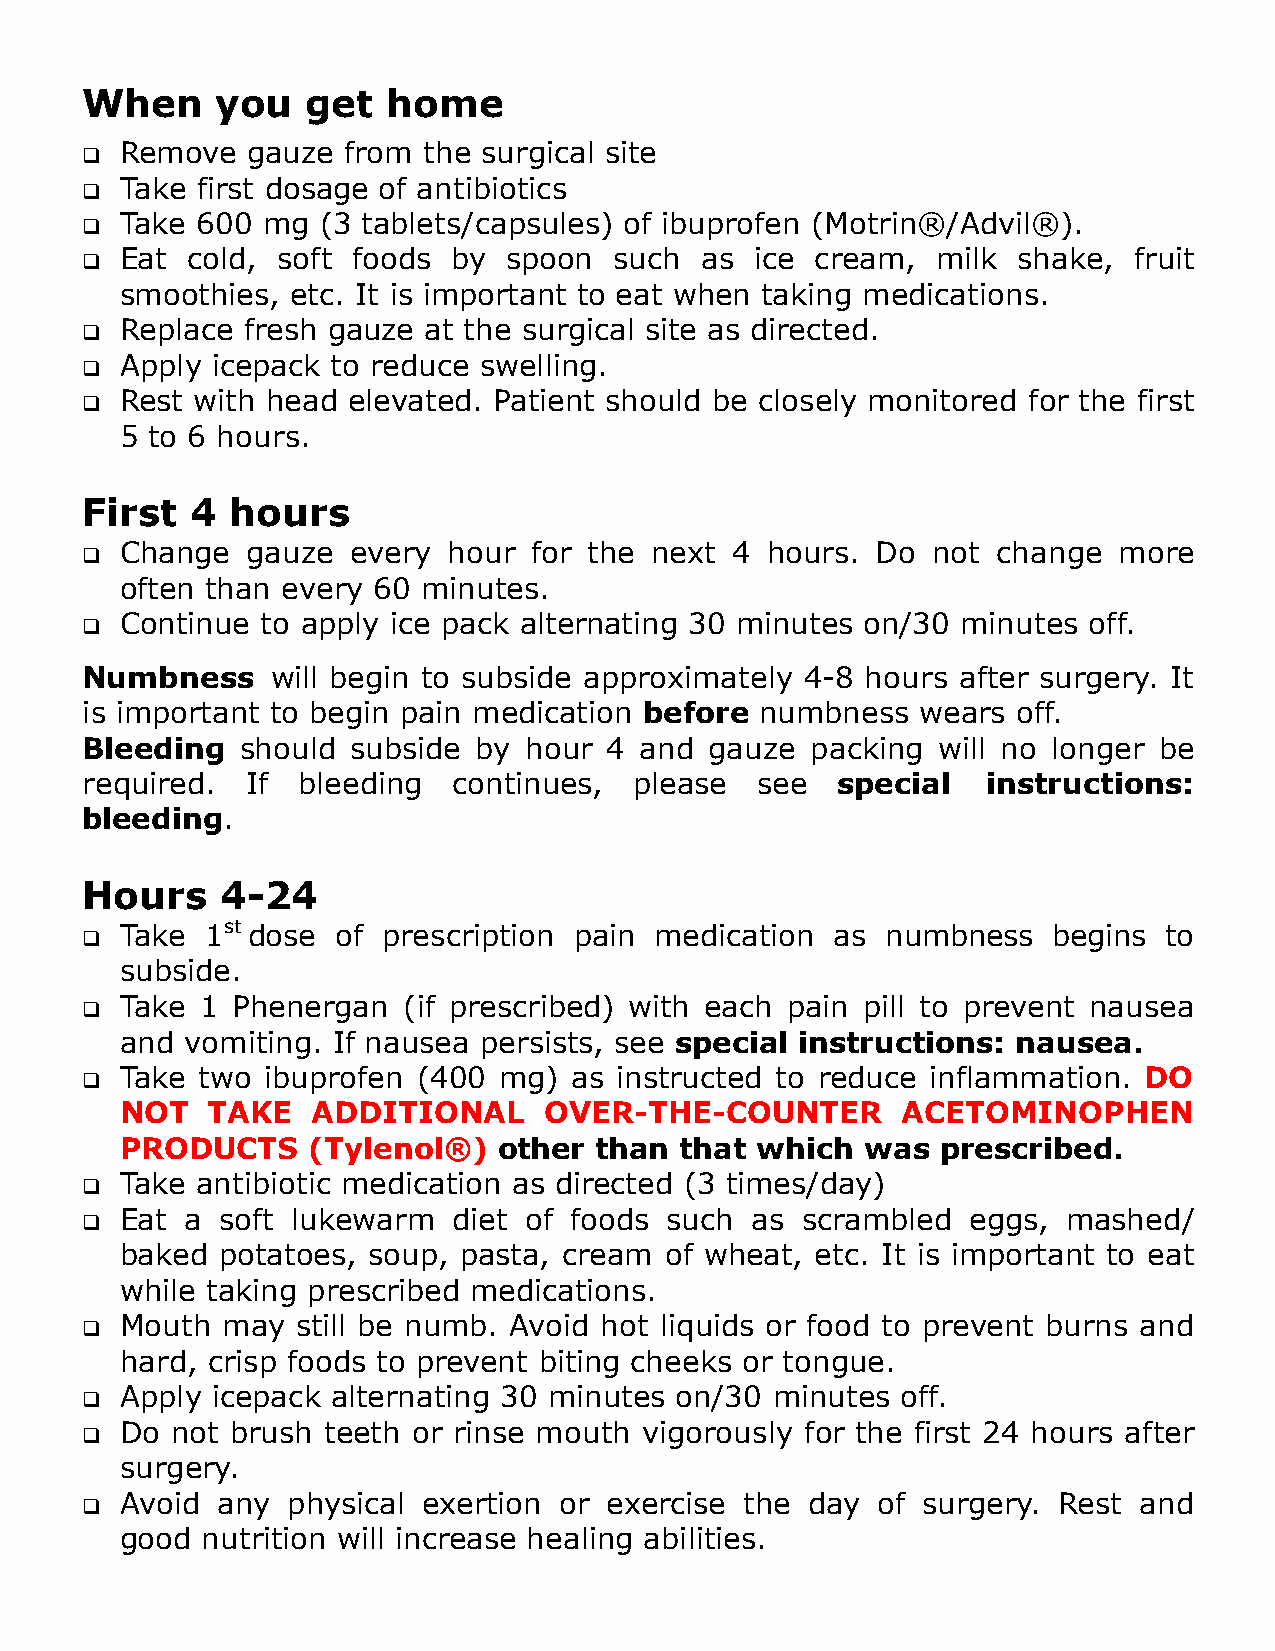
When     you   get   home
 Remove  gauze  from the surgical site
 
 Take first dosage of antibiotics
 
 Take 600 mg  (3 tablets/capsules) of ibuprofen (Motrin®/Advil®).
 
 Eat cold, soft foods  by  spoon  such as  ice cream,  milk shake,  fruit
 
 smoothies, etc. It is important to eat when taking medications.
 Replace fresh gauze at the surgical site as directed.
 
 Apply icepack to reduce swelling.
 
 Rest with head elevated. Patient should be closely monitored for the first
 
 5 to 6 hours.
 First   4 hours
 Change  gauze  every  hour for the next  4 hours. Do  not change  more
 
 often than every 60 minutes.
 Continue to apply ice pack alternating 30 minutes on/30 minutes off.
 
 Numbness     will begin to subside approximately 4-8 hours after surgery. It
 is important to begin pain medication before numbness   wears off.
 Bleeding   should subside by  hour 4 and  gauze  packing will no longer be
 required.  If  bleeding  continues,  please  see  special   instructions:
 bleeding.
 Hours     4-24
 Take  1st dose of prescription pain medication as  numbness   begins to
 
 subside.
 Take 1 Phenergan   (if prescribed) with each pain pill to prevent nausea
 
 and vomiting. If nausea persists, see special instructions: nausea.
 Take two  ibuprofen (400 mg)  as instructed to reduce inflammation. DO
 
 NOT   TAKE   ADDITIONAL     OVER-THE-COUNTER        ACETOMINOPHEN
 PRODUCTS    (Tylenol®)   other than  that which  was  prescribed.
 Take antibiotic medication as directed (3 times/day)
 
 Eat a  soft lukewarm  diet of foods such  as scrambled  eggs,  mashed/
 
 baked  potatoes, soup, pasta, cream of wheat, etc. It is important to eat
 while taking prescribed medications.
 Mouth  may  still be numb. Avoid hot liquids or food to prevent burns and
 
 hard, crisp foods to prevent biting cheeks or tongue.
 Apply icepack alternating 30 minutes on/30 minutes  off.
 
 Do not brush  teeth or rinse mouth vigorously for the first 24 hours after
 
 surgery.
 Avoid any  physical exertion or exercise the day  of surgery. Rest and
 
 good nutrition will increase healing abilities.